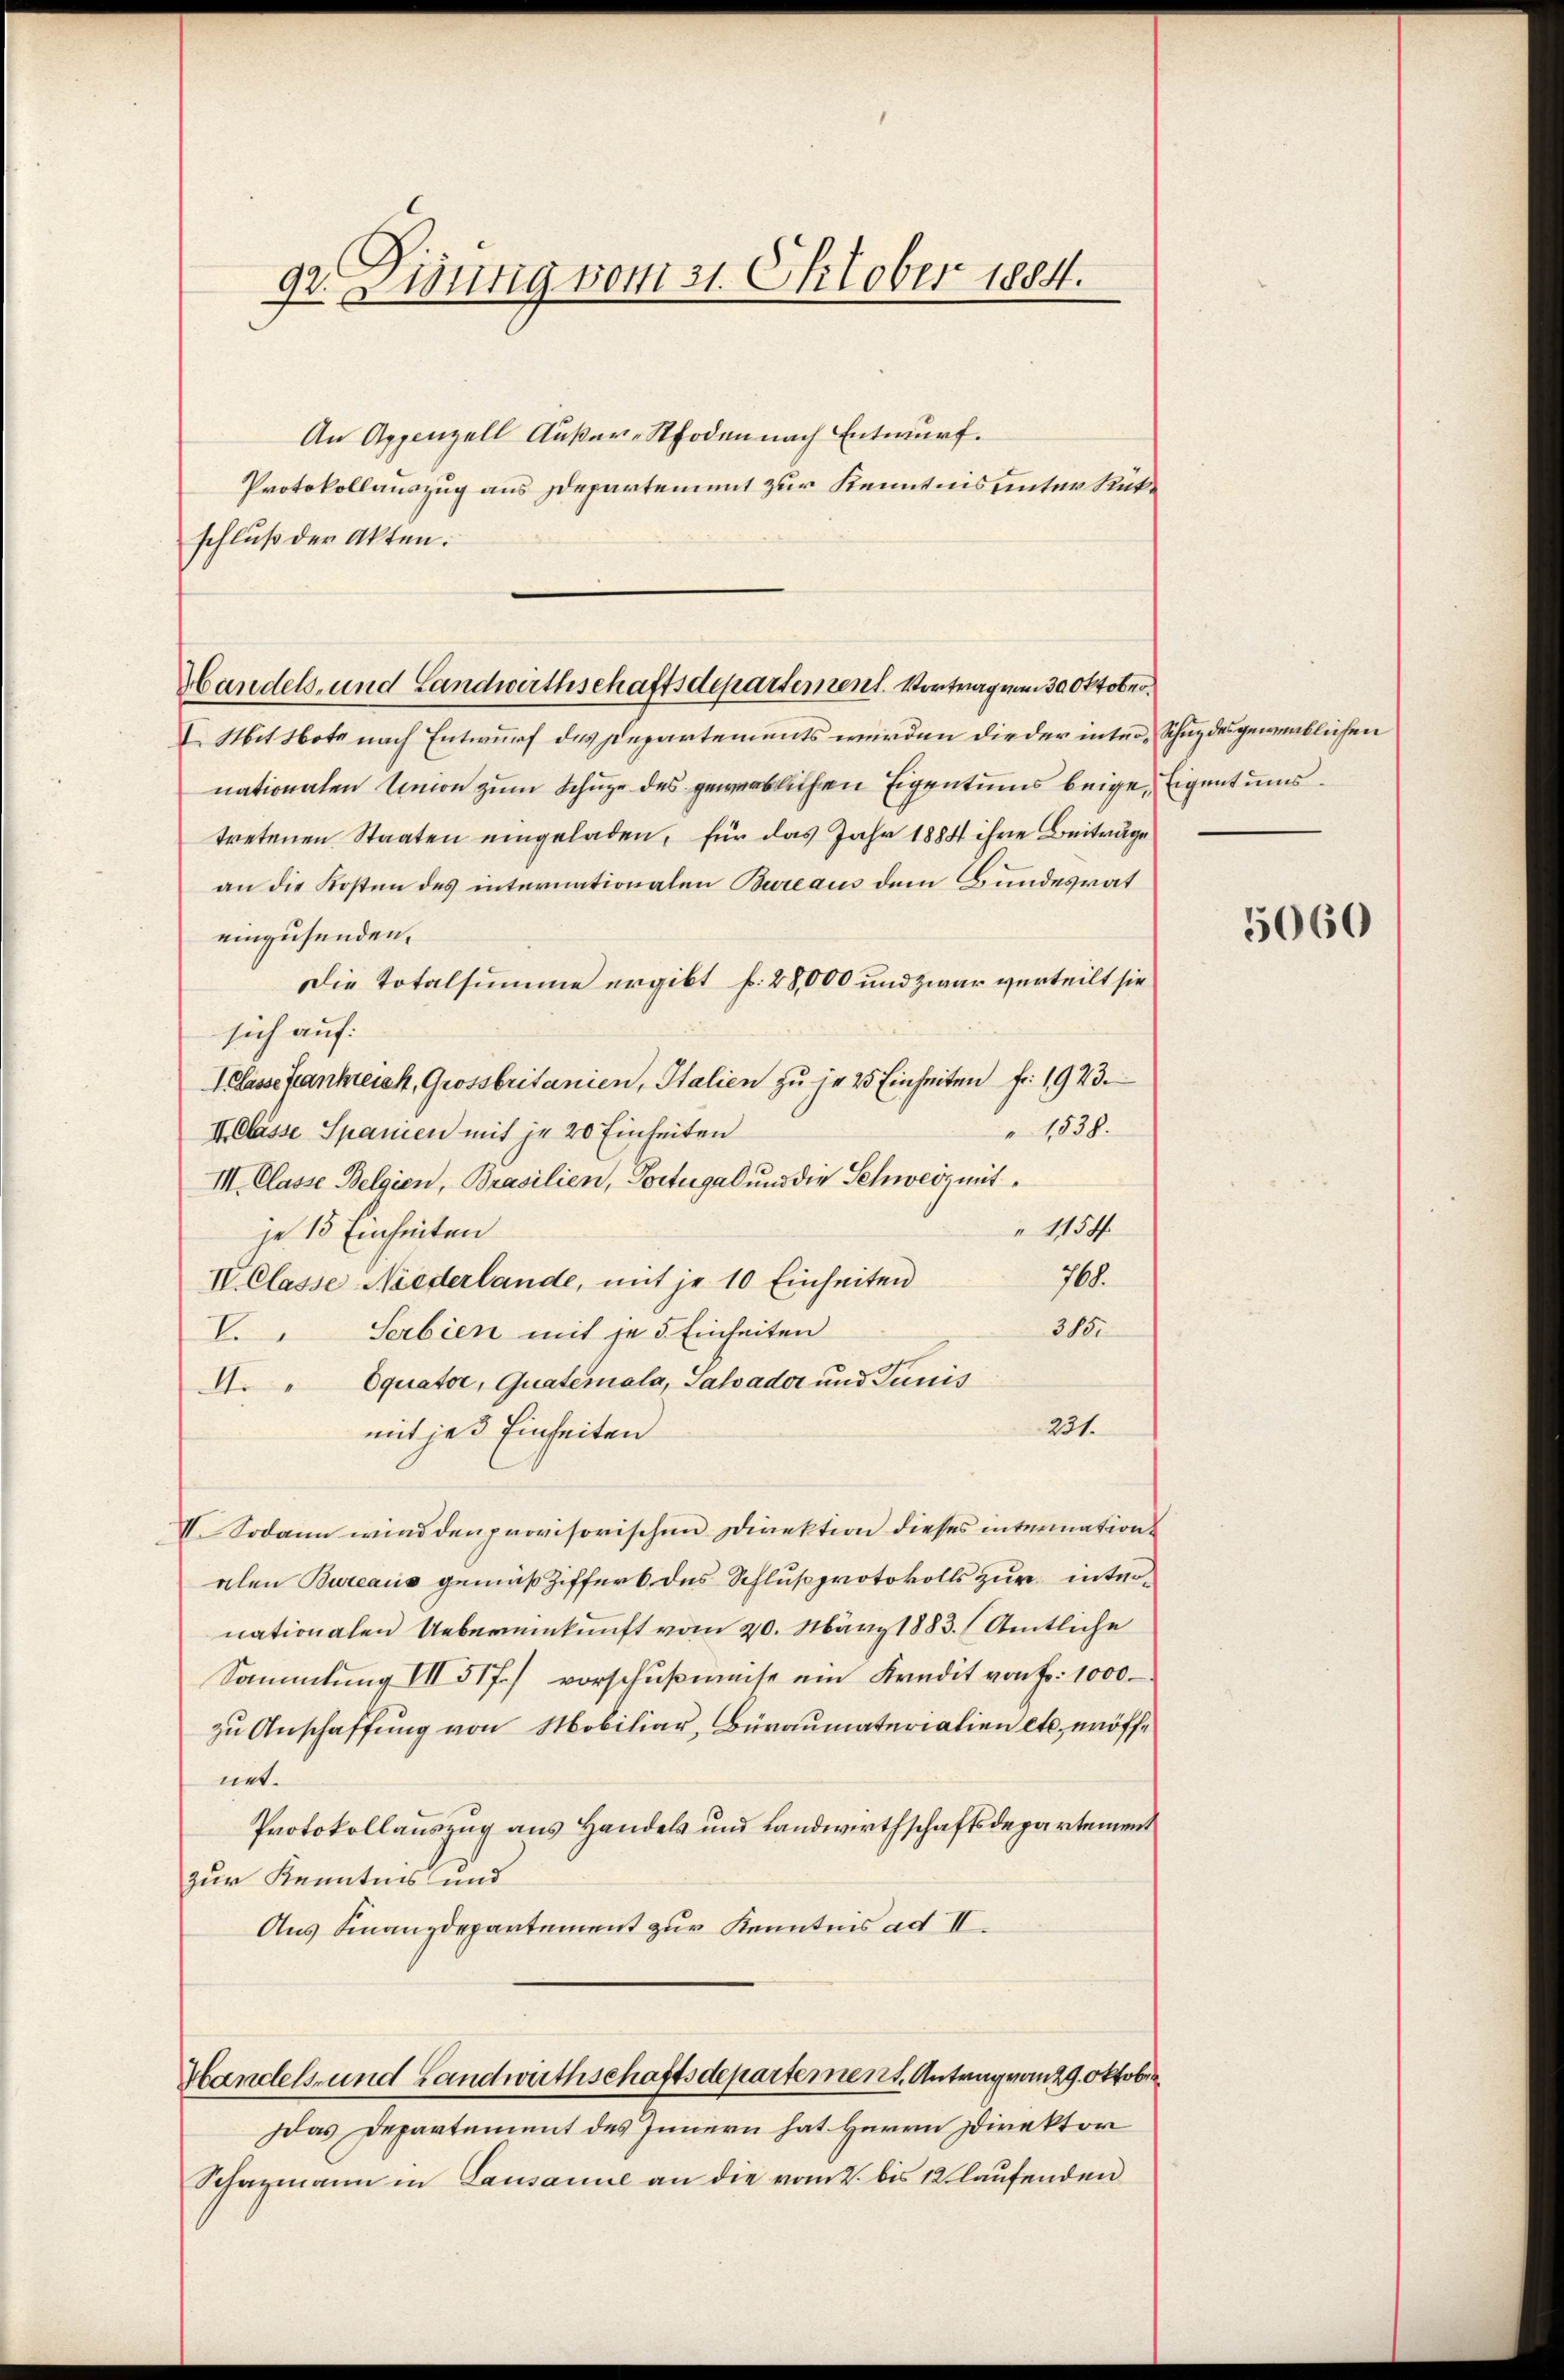
92. Disung vom 31. Oktober 1884.

schluß der Akten.

An Appenzell Außer-Rhoden nach Entwurf.
Protokollauszug aus Departement zur Kenntnis unter Rück¬

Handels- und Landwirthschaftsdepartement. Vortrag vom 30. Oktober¬

I. Mittbote nach Entwurf des Departements wurden die der inter, Schuz des gewenblichen
nationalen Union zum Schue des gewerblichen Eigentums beige Eigentums
tretenen Staaten eingeladen, für das Jahr 1884 ihre Beiträge
an die Kosten des internationalen Bureaus dem Bundesrat
einzusenden.
Die Totalsumme ergibt f. 28,000 und zwar verteilt sie
sich auf:
Klasse Frankreich, Grossbritanien, Italien zu je 2 Einheiten fr. 1923.
1538.
II. Classe Spanien mit je 20 Einheiten
III. Classe Belgien, Brasilien, Portugal und die Schweiz mit¬
 1154
je 15 Einheiten
70.
IV Classe Niederlande, mit je 10 Einheiten
315.
Serbien mit je 5. Einheiten
E
A." Equator, Quatemala, Salvador und Junis
231.
mit jed Einheiten
V. Sodann wird den provisorischen Direktion dieses internation
alen Bureaus gemäß Ziffers des Schlußprotokolls zur internationalen Uebereinkunft vom 20. März 1883. (Amtliche
Sammlung III 517.) vorschußweise ein Kredit von Fr. 1000
zu Anschaffung von Mobiliar, Büraumaterialien etc. eröffnet.
Protokollauszug aus Handels und Landwirthschaftsdepartement
zur Kenntnis und
Aus Finanzdepartement zur Kenntnis ad II.
Handels- und Landwirthschaftsdepartement. Antrag von 29. Oktober
Das Departement des Innern hat Herrn Direktor
Schazmann in Lausanne an die vom 2. bis 12 laŭfenden

5060